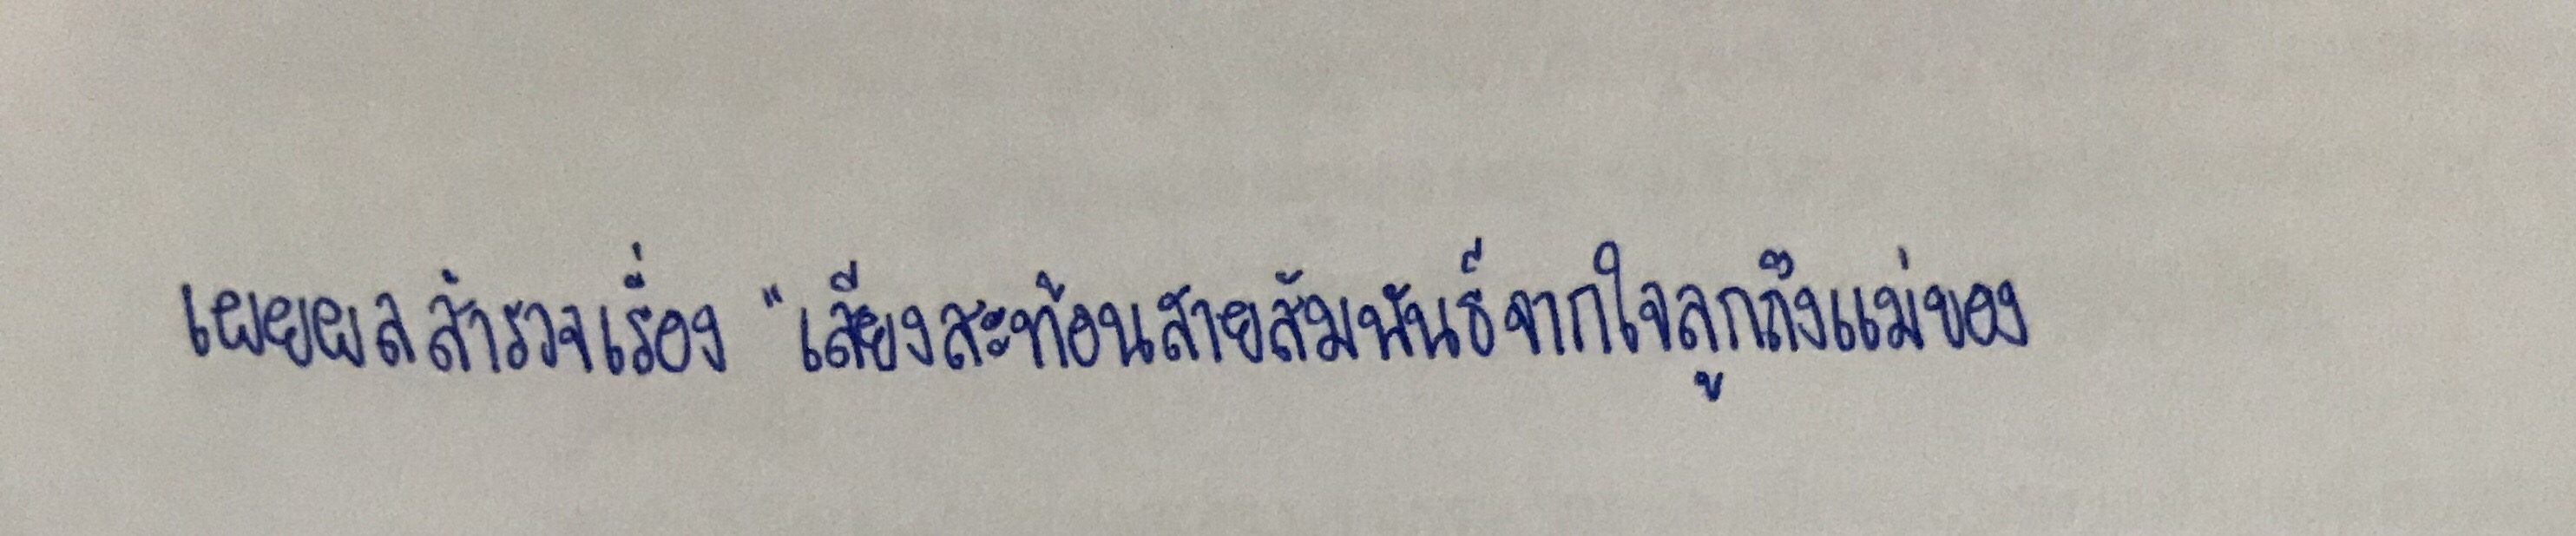
เผยผลสำรวจเรื่อง"เสียงสะท้อนสายสัมพันธ์จากใจลูกถึงแม่ของ